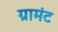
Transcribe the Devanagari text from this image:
ग्रामंट